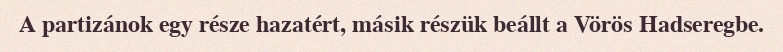
A partizánok egy része hazatért, másik részük beállt a Vörös Hadseregbe.